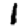
Digit: 1